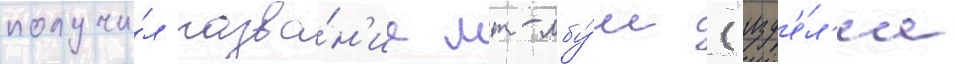
получи́л назва́н'ие мт-лбу́ш ("изд'е́л'ие